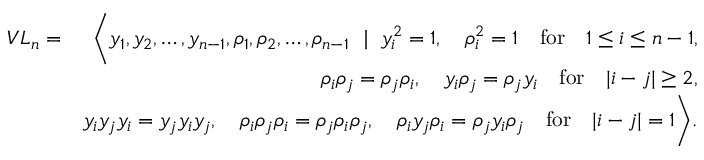
\begin{array} { r l r } & { V L _ { n } = } & { \Bigg \langle y _ { 1 } , y _ { 2 } , \ldots , y _ { n - 1 } , \rho _ { 1 } , \rho _ { 2 } , \ldots , \rho _ { n - 1 } ~ \mid ~ y _ { i } ^ { 2 } = 1 , \quad \rho _ { i } ^ { 2 } = 1 \quad \mathrm { f o r } \quad 1 \leq i \leq n - 1 , } \\ & { } & { \rho _ { i } \rho _ { j } = \rho _ { j } \rho _ { i } , \quad y _ { i } \rho _ { j } = \rho _ { j } y _ { i } \quad \mathrm { f o r } \quad | i - j | \ge 2 , } \\ & { } & { y _ { i } y _ { j } y _ { i } = y _ { j } y _ { i } y _ { j } , \quad \rho _ { i } \rho _ { j } \rho _ { i } = \rho _ { j } \rho _ { i } \rho _ { j } , \quad \rho _ { i } y _ { j } \rho _ { i } = \rho _ { j } y _ { i } \rho _ { j } \quad \mathrm { f o r } \quad | i - j | = 1 \Bigg \rangle . } \end{array}